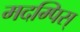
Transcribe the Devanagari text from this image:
मदम्पिस्